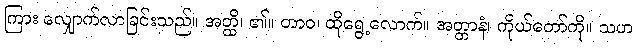
ကြား လျှောက်လာခြင်းသည်။ အတ္ထိ၊ ၏။ တာဝ၊ ထိုရွေ့လောက်။ အတ္တာနံ၊ ကိုယ်တော်ကို။ သဟ